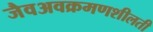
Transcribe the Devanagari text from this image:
जैवअवक्रमणशीलती